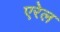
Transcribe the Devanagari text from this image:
एरेल